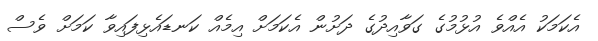
އެކަމަކު އެއްވެ އުޅުމުގެ ގަވާއިދުގެ ދަށުން އެކަމަށް އިމެއް ކަނޑައެޅިފައިވާ ކަމަށް ވެސް